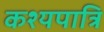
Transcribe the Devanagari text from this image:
कश्यपात्रि